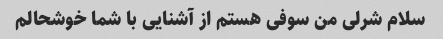
سلام شرلی من سوفی هستم از آشنایی با شما خوشحالم